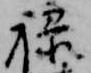
禄